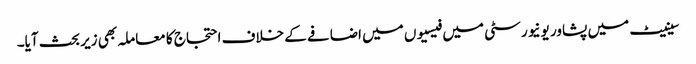
سینیٹ میں پشاور یونیورسٹی میں فیسیوں میں اضافے کے خلاف احتجاج کا معاملہ بھی زیر بحث آیا۔